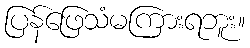
ပြန်ဖြေသံမကြားရဘူး။